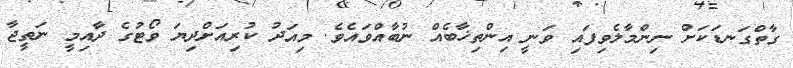
ގާތްގަނޑަކަށް ނިންމާލެވިފައި ވަނީ އިންތިޚާބެއް ނުބާއްވައެވެ. މިއަދު ކުރިއަށްދިޔަ ވޯޓުގެ ދާއިމީ ނަތީޖާ